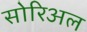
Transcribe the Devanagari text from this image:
सोरिअल